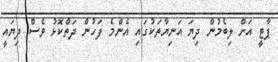
ޕާޓީ އަށް ލިބެމުން ދިޔަ އަނިޔާތަކުގައި އެންމެ ފަހުން ދަތްކޮޅު ވެސް ދިޔައީ